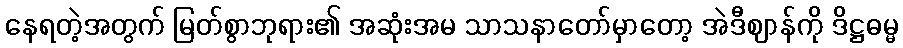
နေရတဲ့အတွက် မြတ်စွာဘုရား၏ အဆုံးအမ သာသနာတော်မှာတော့ အဲဒီဈာန်ကို ဒိဋ္ဌဓမ္မ